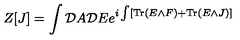
Z [ J ] = \int { \cal D } A { \cal D } E e ^ { i \int [ \mathrm { T r } \left( E \wedge F \right) + \mathrm { T r } \left( E \wedge J \right) ] }